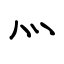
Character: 灬